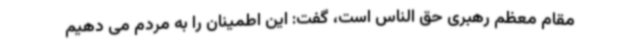
مقام معظم رهبری حق الناس است، گفت: این اطمینان را به مردم می دهیم